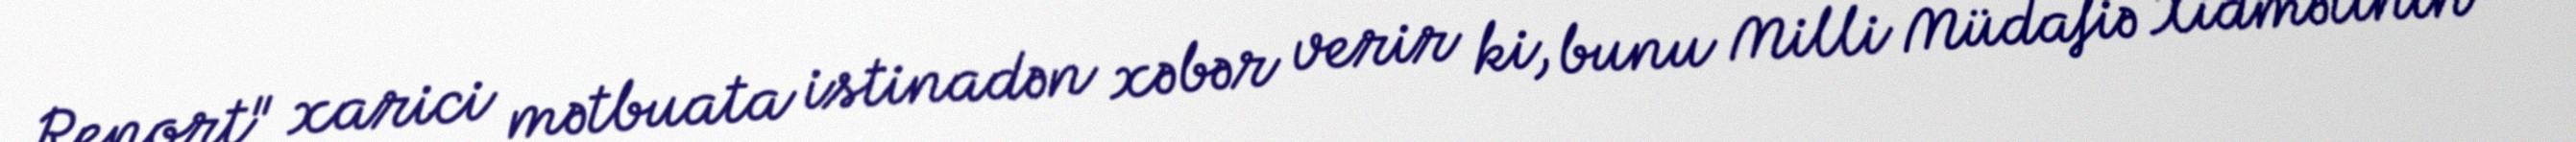
Report" xarici mətbuata istinadən xəbər verir ki, bunu Milli Müdafiə Xidmətinin